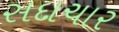
સદાચાર